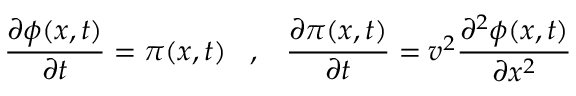
\frac { \partial \phi ( x , t ) } { \partial t } = \pi ( x , t ) \; \; \; , \; \; \; \frac { \partial \pi ( x , t ) } { \partial t } = v ^ { 2 } \frac { \partial ^ { 2 } \phi ( x , t ) } { \partial x ^ { 2 } }